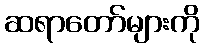
ဆရာတော်များကို